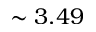
\sim 3 . 4 9